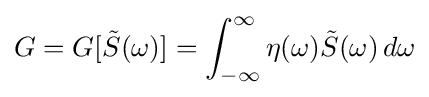
G=G[{\tilde {S}}(\omega )]=\int _{-\infty }^{\infty }\eta (\omega ){\tilde {S}}(\omega )\,d\omega